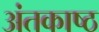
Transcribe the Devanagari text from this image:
अंतकाष्ठ